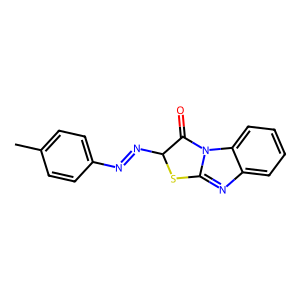
SMILES: Cc1ccc(N=NC2Sc3nc4ccccc4n3C2=O)cc1
Inhibits HIV replication: No